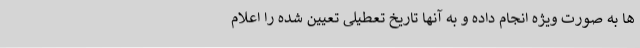
ها به صورت ویژه انجام داده و به آنها تاریخ تعطیلی تعیین شده را اعلام